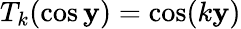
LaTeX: T_{k}(\cos\mathbf{y})=\cos(k\mathbf{y})